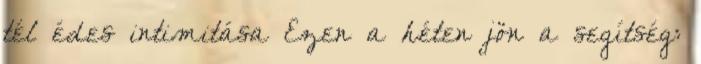
tél édes intimitása Ezen a héten jön a segítség: